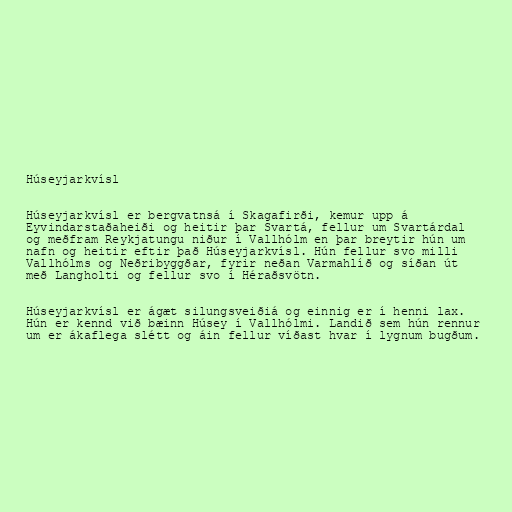
Húseyjarkvísl

Húseyjarkvísl er bergvatnsá í Skagafirði, kemur upp á
Eyvindarstaðaheiði og heitir þar Svartá, fellur um Svartárdal
og meðfram Reykjatungu niður í Vallhólm en þar breytir hún um
nafn og heitir eftir það Húseyjarkvísl. Hún fellur svo milli
Vallhólms og Neðribyggðar, fyrir neðan Varmahlíð og síðan út
með Langholti og fellur svo í Héraðsvötn.

Húseyjarkvísl er ágæt silungsveiðiá og einnig er í henni lax.
Hún er kennd við bæinn Húsey í Vallhólmi. Landið sem hún rennur
um er ákaflega slétt og áin fellur víðast hvar í lygnum bugðum.